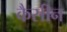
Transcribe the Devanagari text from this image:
कैसीन